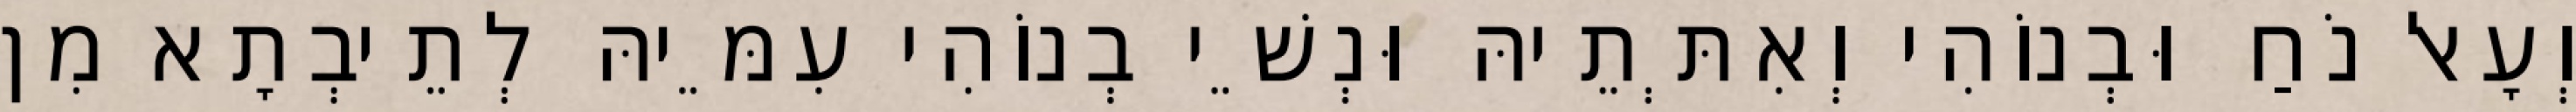
וְעָאל נֹחַ וּבְנוֹהִי וְאִתְּתֵיהּ וּנְשֵׁי בְנוֹהִי עִמֵּיהּ לְתֵיבְתָא מִן